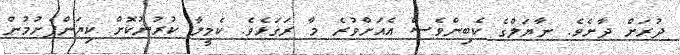
ދުރަށް ދާށެވެ. ނާޔަލްގެ ކެބިންވެސް އެއަށްވުރެ މާ ރަގަޅެވެ. ކެމީލާ ކުރުނުކޮށް ކިޔަންފެށުމުން